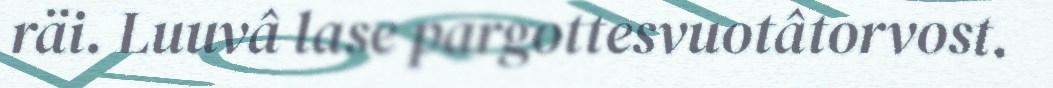
räi. Luuvâ lase pargottesvuotâtorvost.